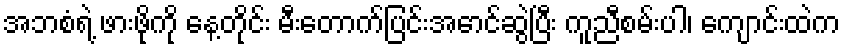
အဘစံရဲ့ ဖားဖိုကို နေ့တိုင်း မီးတောက်ပြင်းအောင်ဆွဲပြီး ကူညီစမ်းပါ၊ ကျောင်းထဲက